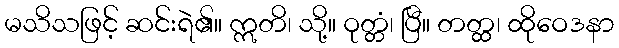
မသိသဖြင့် ဆင်းရဲ၏။ ဣတိ၊ သို့။ ဝုတ္တံ၊ ပြီ။ တတ္ထ၊ ထိုဝေဒနာ